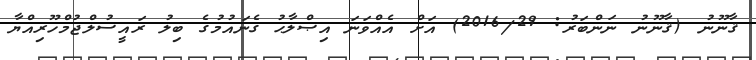
ޤާނޫނު (ޤާނޫނު ނަންބަރު: 2016/29) އަށް އެއްވަނަ އިޞްލާޙު ގެނައުމުގެ ބިލު ރައީސުލްޖުމްހޫރިއްޔާ